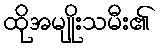
ထိုအမျိုးသမီး၏